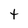
Character: t